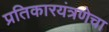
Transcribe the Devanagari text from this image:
प्रतिकारयंत्रणेचा